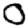
Digit: 0